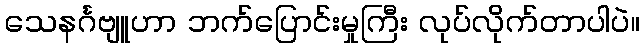
သေနင်္ဂဗျူဟာ ဘက်ပြောင်းမှုကြီး လုပ်လိုက်တာပါပဲ။